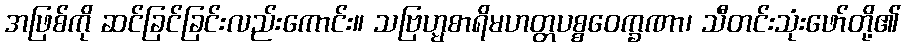
အဖြစ်ကို ဆင်ခြင်ခြင်းလည်းကောင်း။ သဗြဟ္မစာရိမဟတ္တပစ္စဝေက္ခဏာ၊ သီတင်းသုံးဖော်တို့၏